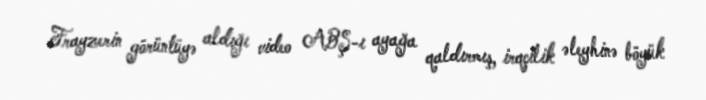
Frayzerin görüntüyə aldığı video ABŞ-ı ayağa qaldırmış, irqçilik əleyhinə böyük